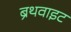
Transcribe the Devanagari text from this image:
ब्रॅथवाइट